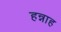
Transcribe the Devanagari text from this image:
हन्नाह